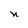
Character: n